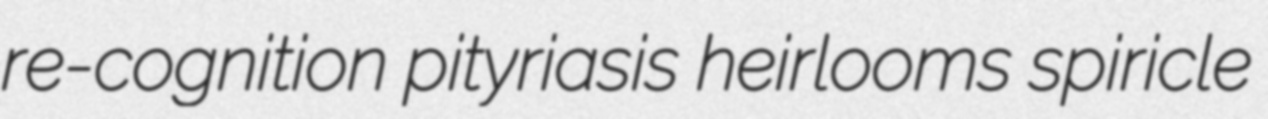
re-cognition pityriasis heirlooms spiricle